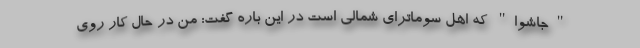
"جاشوا" که اهل سوماترای شمالی است در این باره گفت: من در حال کار روی